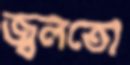
জ্বলতো